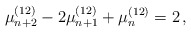
\begin{align*}\mu_{n+2}^{(12)} - 2 \mu_{n+1}^{(12)} + \mu_n^{(12)} = 2 \,,\end{align*}